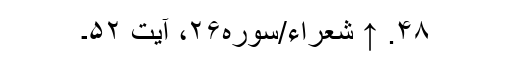
۴۸. ↑ شعراء/سوره۲۶، آیت ۵۲۔